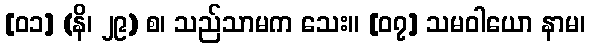
[၀၁] (နိ၊ ၂၉) စ၊ သည်သာမက သေး။ [၀၇] သမဝါယော နာမ၊